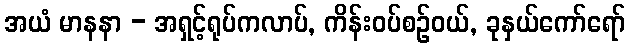
အယံ မာနနာ - အရှင့်ရုပ်ကလာပ်, ကိန်းဝပ်စဉ်ဝယ်, ခုနှယ်ကော်ရော်